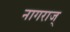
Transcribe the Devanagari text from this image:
नागराज्